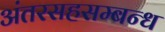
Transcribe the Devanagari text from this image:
अंतरसहसम्बन्ध